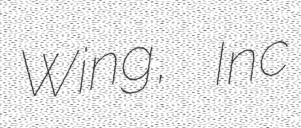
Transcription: Wing, Inc